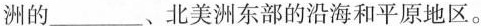
洲的_______、北美洲东部的沿海和平原地区。